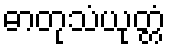
ဓာတုသံယုတ္တံ